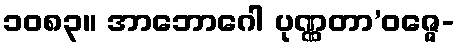
၁၀၈၃။ အာဘောဂေါ ပုဏ္ဏတာ’ဝဇ္ဇေ-